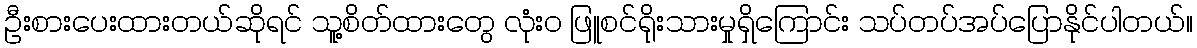
ဦးစားပေးထားတယ်ဆိုရင် သူ့စိတ်ထားတွေ လုံးဝ ဖြူစင်ရိုးသားမှုရှိကြောင်း သပ်တပ်အပ်ပြောနိုင်ပါတယ်။